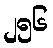
၂၅၆